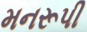
મનરૂપી